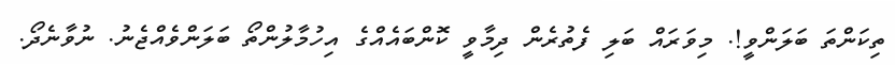
ތިކަންތަ ބަލަންވީ!. މިވަރައް ބަލި ފެތުރެން ދިމާވީ ކޮންބައެއްގެ އިހުމާލުންތޯ ބަލަންވެއްޖެނު. ނުވާނެދޯ.